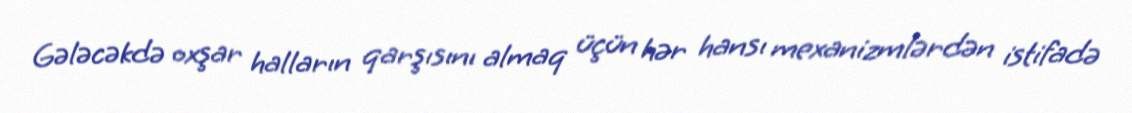
Gələcəkdə oxşar halların qarşısını almaq üçün hər hansı mexanizmlərdən istifadə